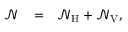
\begin{array} { r l r } { { \mathcal N } } & { { } = } & { { \mathcal N } _ { \mathrm { H } } + { \mathcal N } _ { \mathrm { V } } , } \end{array}